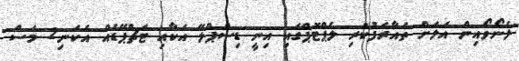
ލެނޯވޯއިން އަލަށް ތައާރަފުކުރި ލެޕްޓޮޕްގައި އިނީ ޑިސްޕްލޭ އަކާއި ޓަޗްޕޭޑެއް އެކަނި2 މަސް